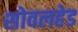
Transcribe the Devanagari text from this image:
शोवलहेड